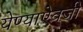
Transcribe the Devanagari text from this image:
येण्याऐवजी